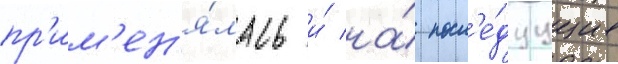
пр'им'ен'я́лась и́ на́ посл'е́дуущих